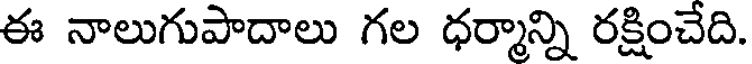
ఈ నాలుగుపాదాలు గల ధర్మాన్ని రక్షించేది.